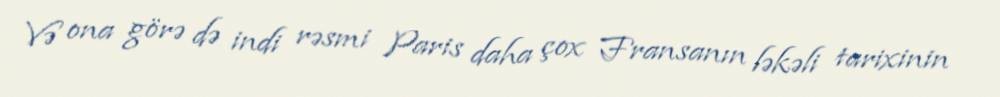
Və ona görə də indi rəsmi Paris daha çox Fransanın ləkəli tarixinin